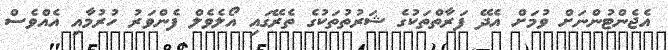
އެޖެންޓުންނަށް ވުމަށް އެދޭ ފަރާތްތަކުގެ ޝަރުތުތަކުގެ ތެރޭގައި އޯލެވެލް ފެންވަރު ހުރުމާއި އެއްވެސް